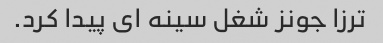
ترزا جونز شغل سینه ای پیدا کرد.